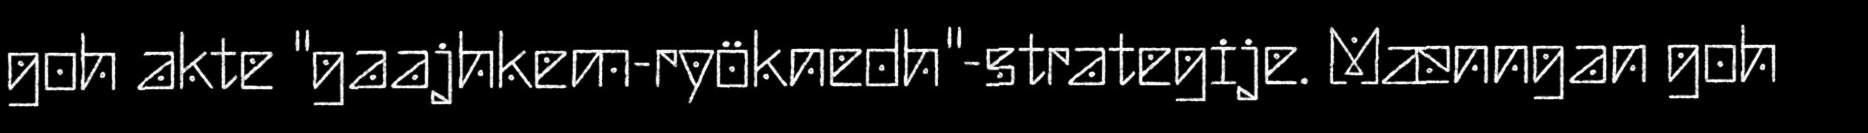
goh akte "gaajhkem-ryöknedh"-strategije. Mænngan goh